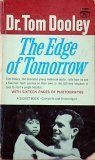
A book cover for The Edge of Tomorrow; Tom Dooley; Travel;